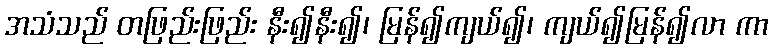
အသံသည် တဖြည်းဖြည်း နီး၍နီး၍၊ မြန်၍ကျယ်၍၊ ကျယ်၍မြန်၍လာ ကာ